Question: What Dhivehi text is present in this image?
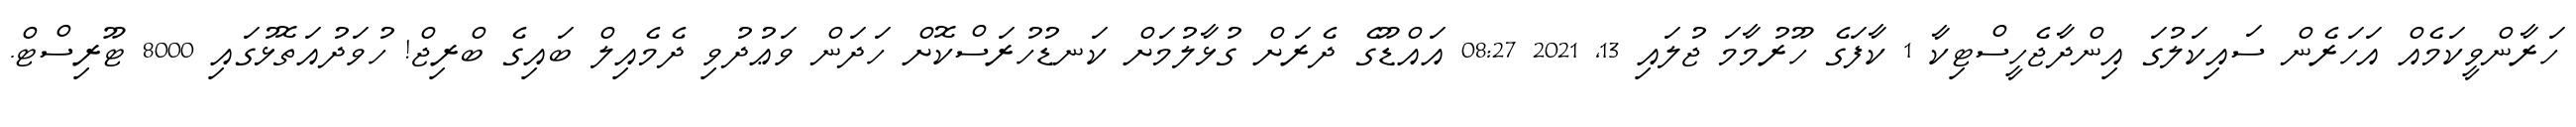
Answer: ހަރާންވީކަމެއް އަހަރެން ސައިކަލުގަ އިންދާޖެހީސްޓިކާ 1 ކާފަގެ ހޫރުމާމަ ޖުލައި 13, 2021 08:27 އައްޑޫގެ ދެރަށް ގުޅާލުމަށް ކަނޑުހުރަސްކޮށް ހަދަން ވަޢުދުވި ދެމެއިލް ބައިގެ ބްރިޖް! ހުވަދުއަތޮޅުގައި 8000 ޓޫރިސްޓް.